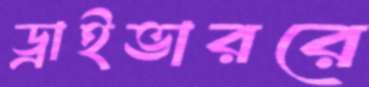
ড্রাইভাররে